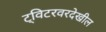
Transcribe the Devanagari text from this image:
ट्विटरवरदेखील